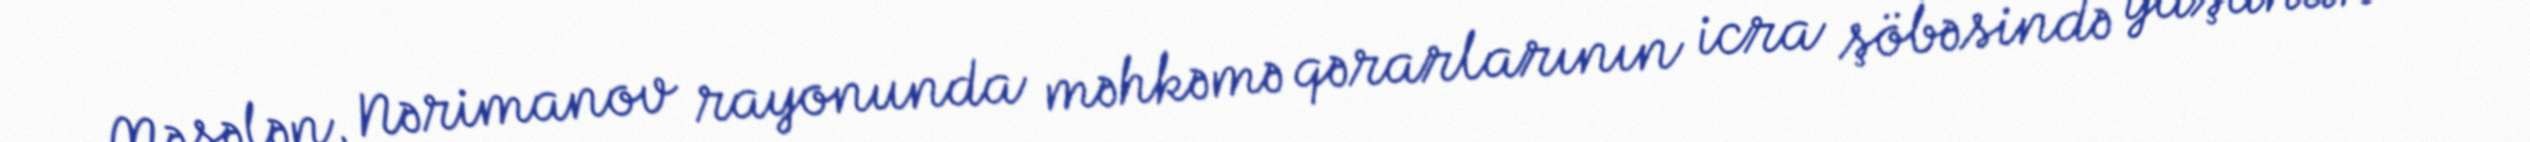
Məsələn, Nərimanov rayonunda məhkəmə qərarlarının icra şöbəsində yaşanan ən